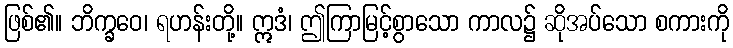
ဖြစ်၏။ ဘိက္ခဝေ၊ ရဟန်းတို့။ ဣဒံ၊ ဤကြာမြင့်စွာသော ကာလ၌ ဆိုအပ်သော စကားကို